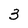
Character: 3